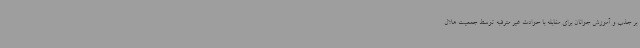
بر جذب و آموزش جوانان برای مقابله با حوادث غیر مترقبه توسط جمعیت هلال